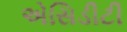
એસિડીટી